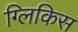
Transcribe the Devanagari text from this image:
ग्लिकिस